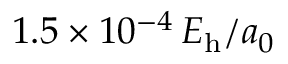
1 . 5 \times 1 0 ^ { - 4 } \, E _ { \mathrm { h } } / a _ { 0 }